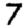
Digit: 7